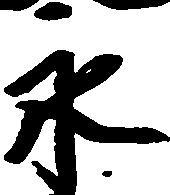
永